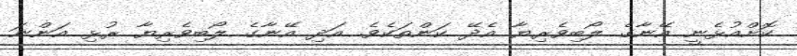
ކޮށްއުޅެނީ އޭނާގެ ލޯބިވެރިޔާ އެދޭ ކަންތަކެވެ. އަދި އޭނާގެ ލޯބިވެރިޔާ ރުޅި އަންނަ